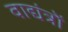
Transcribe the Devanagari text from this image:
वाद्यंत्रों